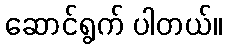
ဆောင်ရွက် ပါတယ်။